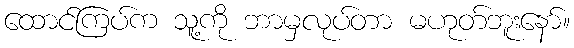
ထောင်ကြပ်က သူ့ကို ဘာမှလုပ်တာ မဟုတ်ဘူးနော်။